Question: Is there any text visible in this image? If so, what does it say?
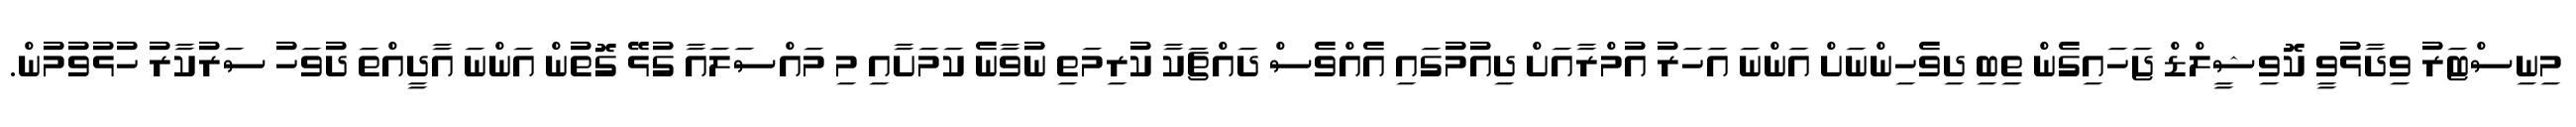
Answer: މިނިސްޓަރު ވިދާޅުވީ ކޮވިޝީލްޑް ޖަހައިގެން ތިބި ދިވެހިންނަށް އަންނަ އަހަރު އުމްރާއަށް ދިއުމުގައި އެއްވެސް ދައްޗަކާ ކުރިމަތި ނުވާނެ ކަމަށާއި މި މައްސަލައާ ގުޅޭ ގޮތުން އަންނަ އާދީއްތަ ދުވަހު ސަރުކާރު ހުޅުވުމުން.